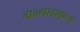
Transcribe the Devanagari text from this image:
ग्रन्थादाकृष्य